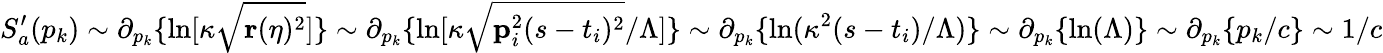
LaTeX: S_{a}^{\prime}(p_{k})\sim\partial_{p_{k}}\{ \ln[\kappa\sqrt{\mathbf{r}(\eta)^{2}}]\} \sim\partial_{p_{k}}\{ \ln[\kappa\sqrt{\mathbf{p}_{i}^{2}(s-t_{i})^{2}}/\Lambda]\} \sim\partial_{p_{k}}\{ \ln(\kappa^{2}(s-t_{i})/\Lambda)\} \sim\partial_{p_{k}}\{ \ln(\Lambda)\} \sim\partial_{p_{k}}\{ p_{k}/c\} \sim 1/c